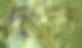
দুপুর